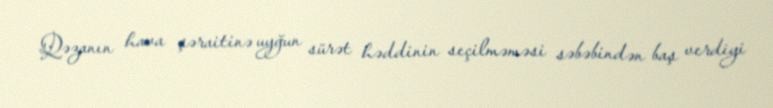
Qəzanın hava şəraitinə uyğun sürət həddinin seçilməməsi səbəbindən baş verdiyi